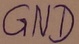
Text: GND